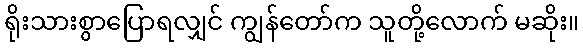
ရိုးသားစွာပြောရလျှင် ကျွန်တော်က သူတို့လောက် မဆိုး။